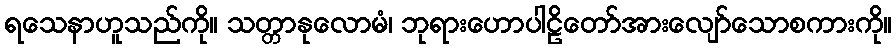
ရသေနာဟူသည်ကို။ သတ္တာနုလောမံ၊ ဘုရားဟောပါဠိတော်အားလျော်သောစကားကို။